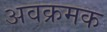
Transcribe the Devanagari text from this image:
अवक्रमक